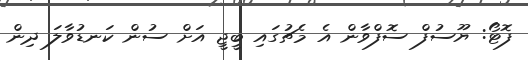
ފޮޓޯ: ޔޫސުފް ސޮފްވާން އެ މެޗުގައި ބީޖީ އަށް ސުން ކަނޑުވާލަ ދިން